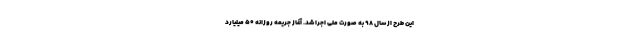
این طرح از سال ۹۸ به صورت ملی اجرا شد. آغاز جریمه روزانه ۵۰ میلیارد